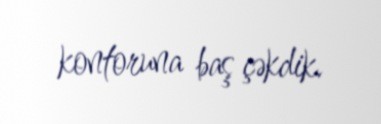
kontoruna baş çəkdik.